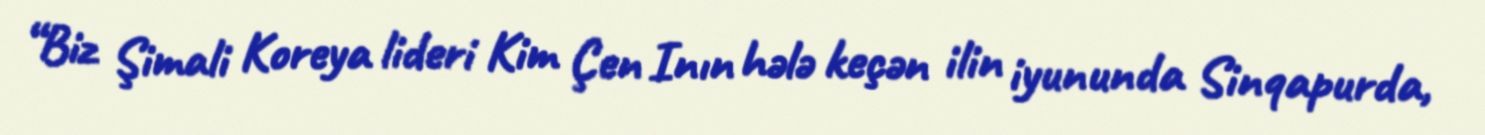
“Biz Şimali Koreya lideri Kim Çen Inın hələ keçən ilin iyununda Sinqapurda,